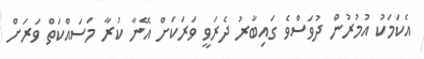
އެކަމަކު އުމުރުން ދުވަސްވެ ގައިބާރު ދެރަވީ ވަރަކަށް އޭނާ ކުރާ މަސައްކަތް ވަރަށް